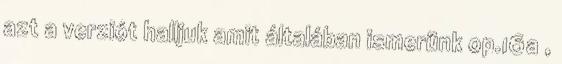
azt a verziót halljuk amit általában ismerünk op.16a ,